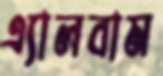
এ্যালবাম